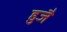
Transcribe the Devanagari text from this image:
हुजै